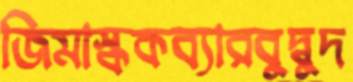
জিমাস্ককব্যারবুদ্বুদ